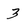
Character: 3